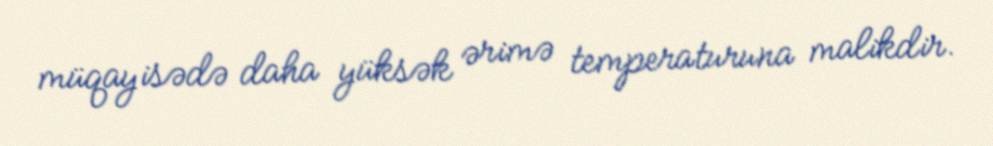
müqayisədə daha yüksək ərimə temperaturuna malikdir.